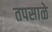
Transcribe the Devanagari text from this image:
तपसाळे